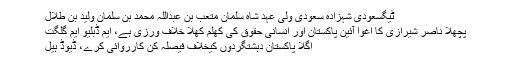
ٹیگسعودی شہزادہ سعودی ولی عہد شاہ سلمان متعب بن عبداللہ محمد بن سلمان ولید بن طلال
پچھلا ناصر شیرازی کا اغوا آئین پاکستان اور انسانی حقوق کی کھلم کھلا خلاف ورزی ہے، ایم ڈبلیو ایم گلگت
اگلا پاکستان دہشتگردوں کیخلاف فیصلہ کن کارروائی کرے، ڈیوڈ ہیل